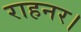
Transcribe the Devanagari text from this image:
राहनर।